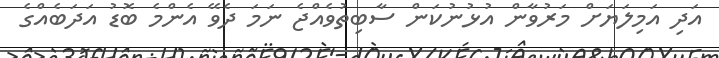
އަދި އަމިލަޔަށް މަރުވާން އުޅުނުކަން ސާބިތުވެއްޖެ ނަމަ ދެވޭ އެންމެ ބޮޑު އަދަބެއްގެ